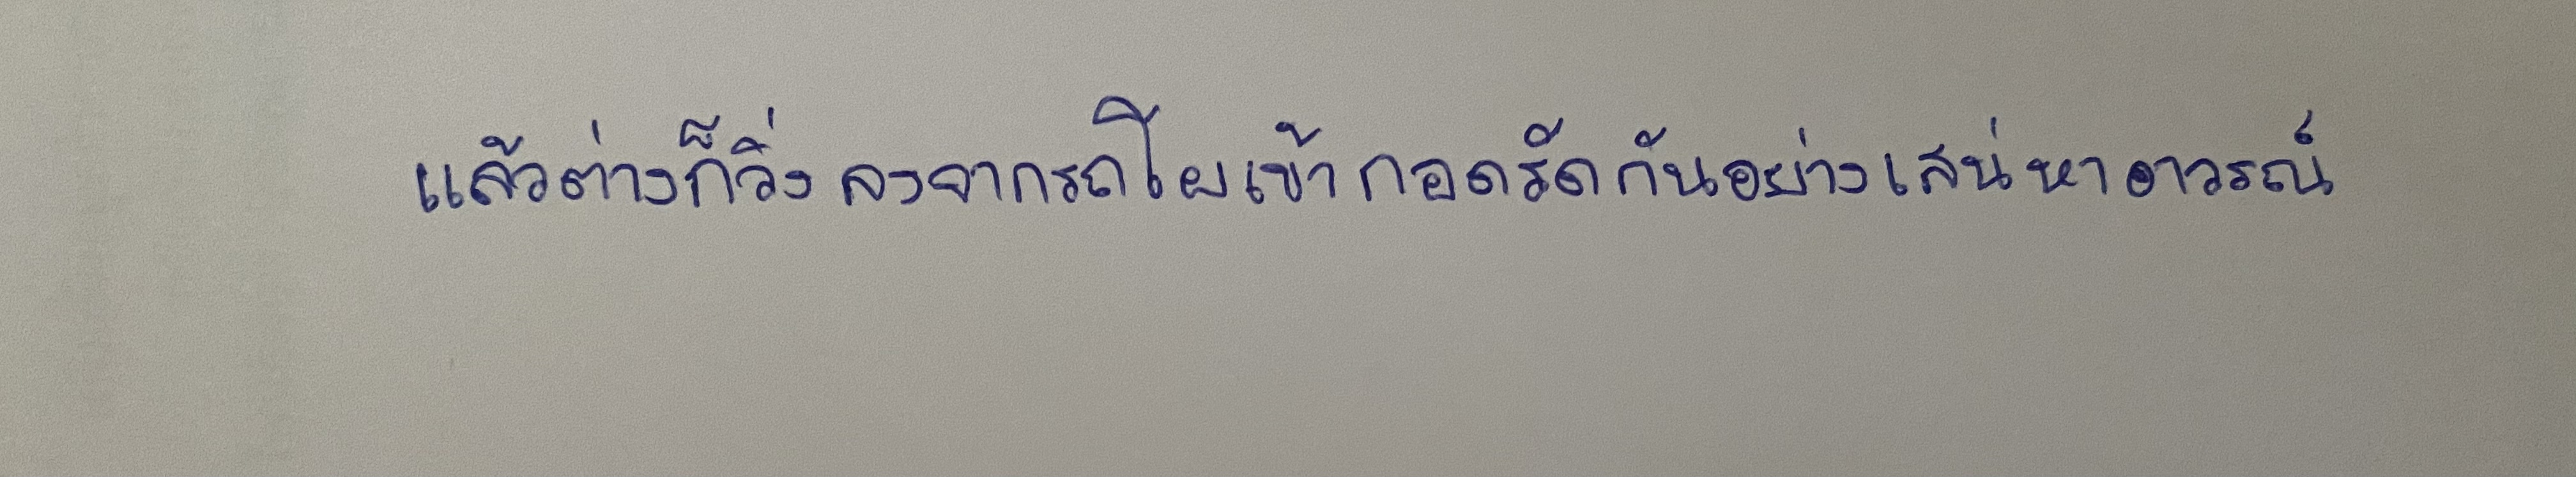
แล้วต่างก็วิ่งลงจากรถโผเข้ากอดรัดกันอย่างเสน่หาอาวรณ์